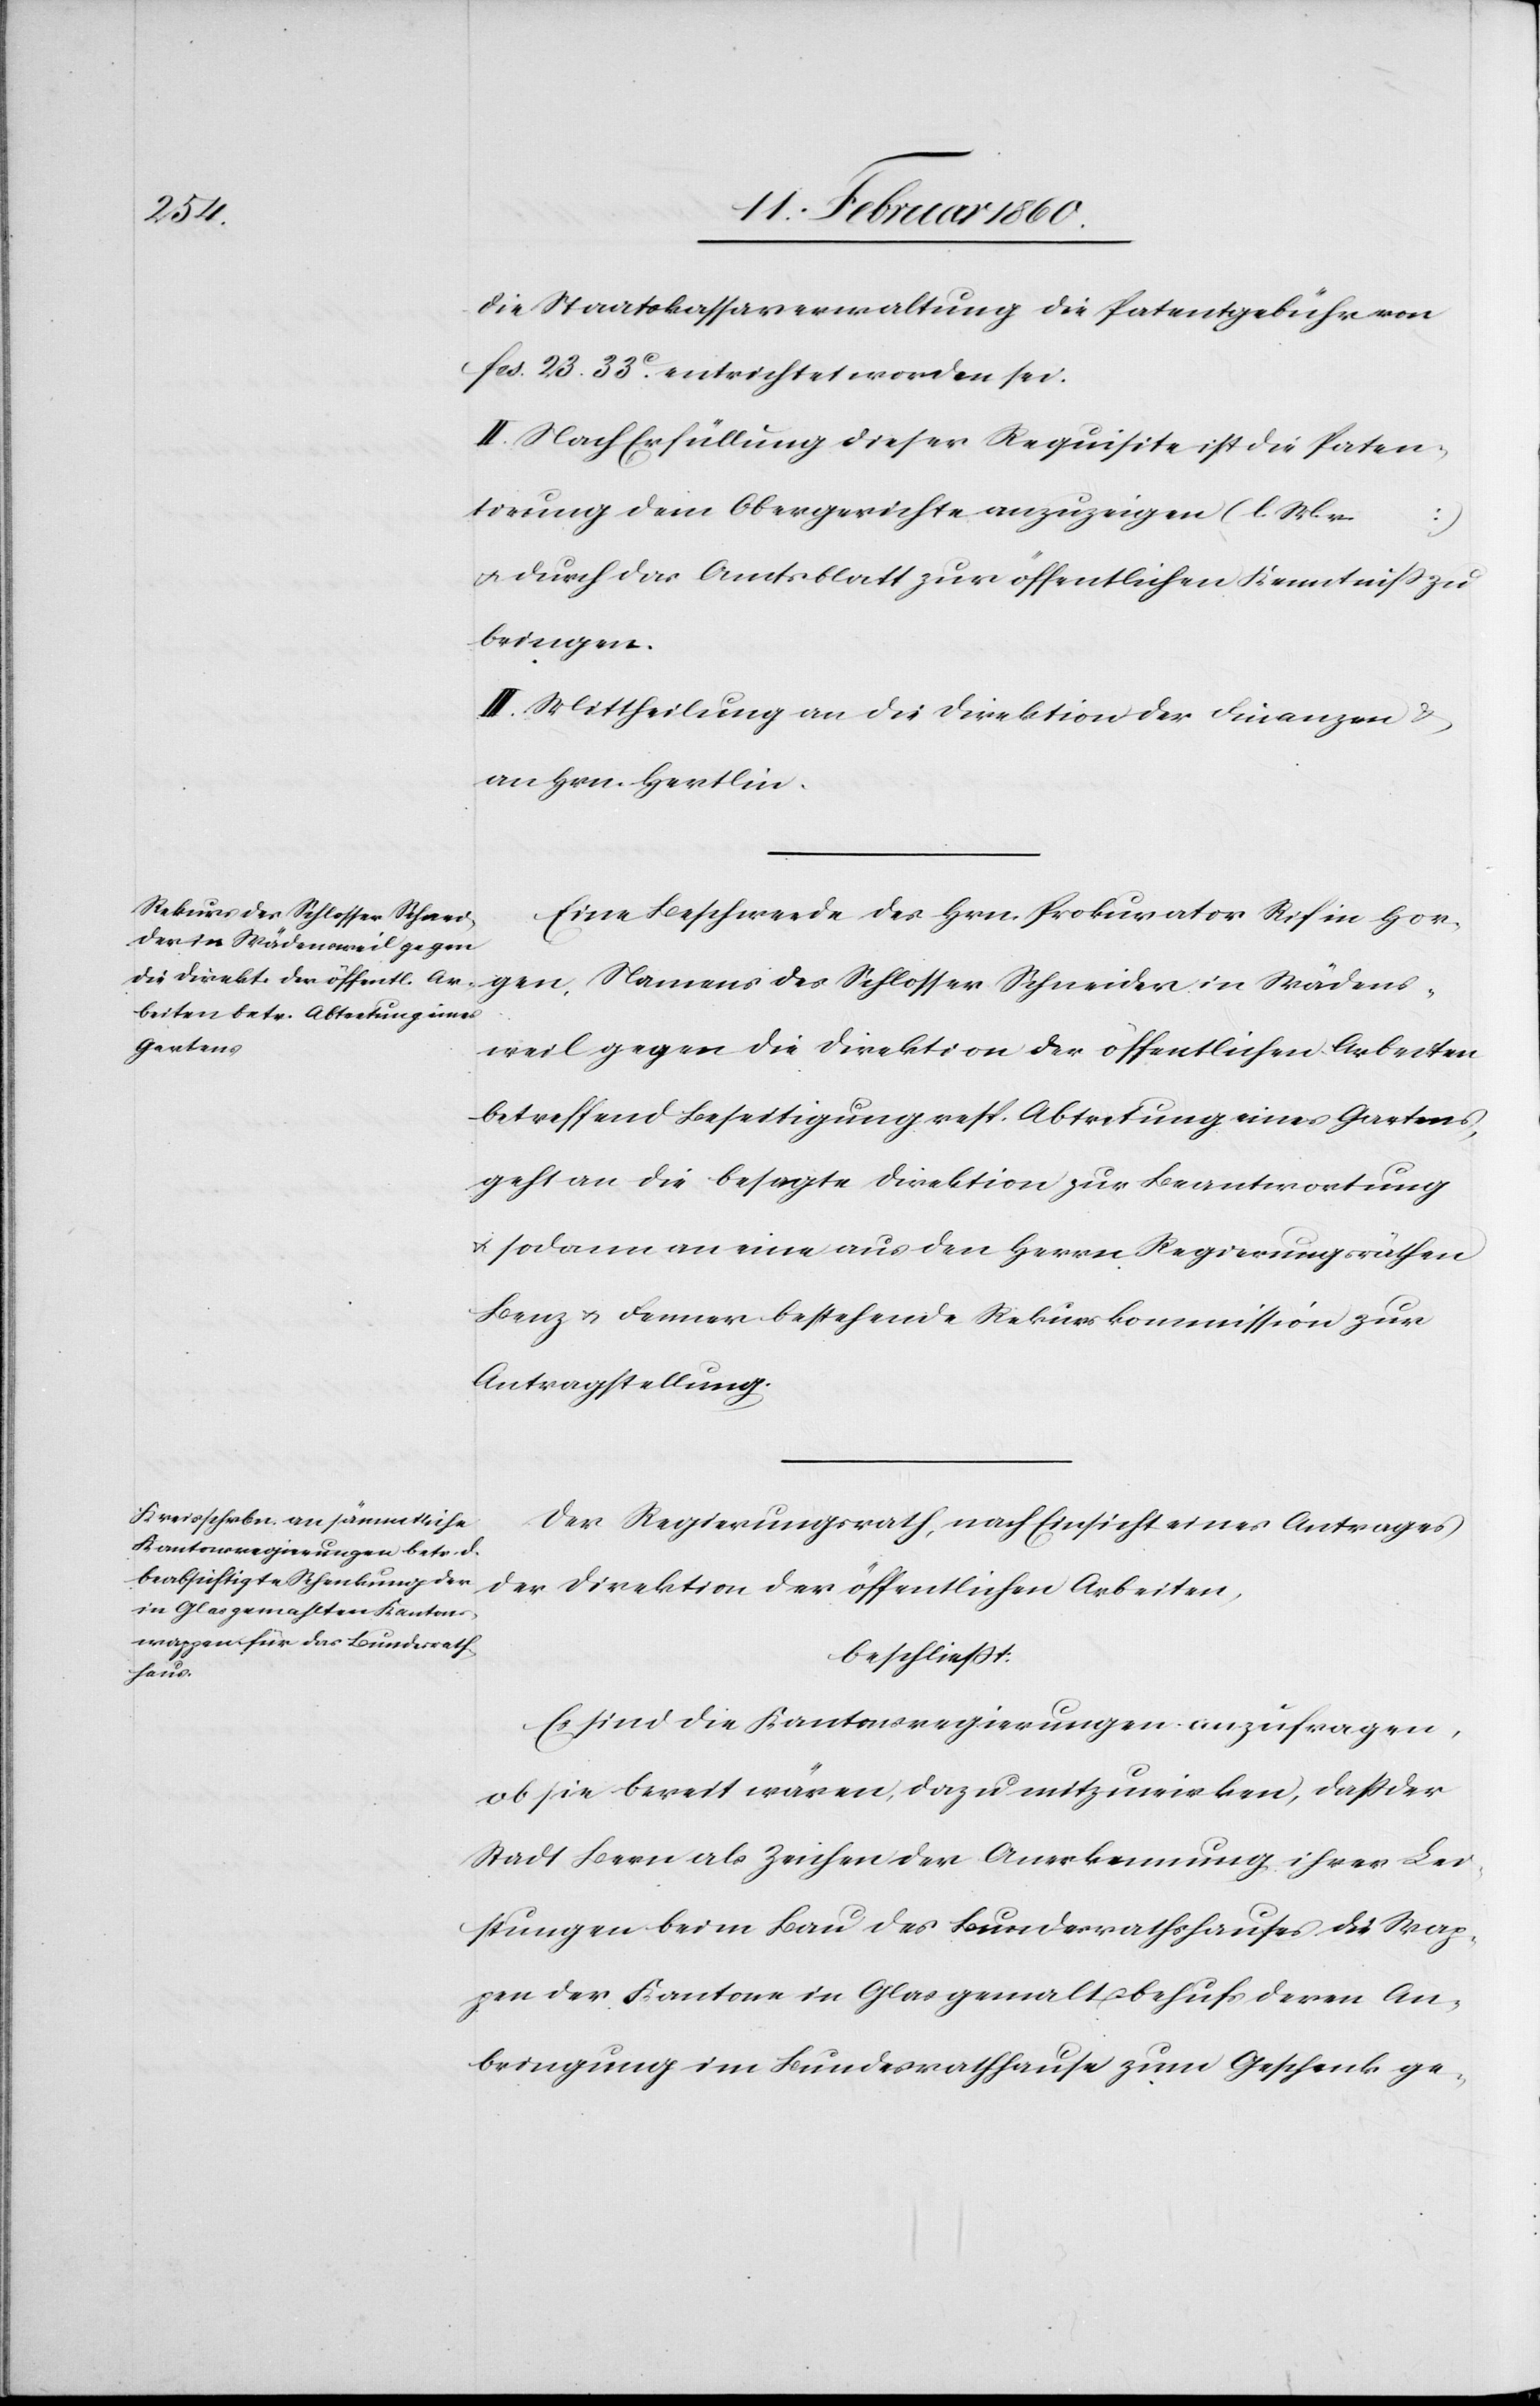
die Staatskassaverwaltung die Patentgebühr von
fcs. 23. 33C entrichtet worden sei.
II. Nach Erfüllung dieser Requisite ist die Paten¬
tirung dem Obergerichte anzuzeigen (l. M. v.
…)
u. durch das Amtsblatt zur öffentlichen Kenntniss zu
bringen.
III. Mittheilung an die Direktion der Finanzen u.
an Hrn. Hertlin.
Eine Beschwerde des Hrn. Prokurator Rif in Hor¬
gen, Namens des Schlosser Schneider in Wädens¬
weil gegen die Direktion der öffentlichen Arbeiten
betreffend Beseitigung resp. Abtretung eines Gartens,
geht an die besagte Direktion zur Beantwortung
u. sodann an eine aus den Herrn Regierungsräthen
Benz u. Fenner bestehende Rekurskommission zur
Antragstellung.
Der Regierungsrath, nach Einsicht eines Antrages
der Direktion der öffentlichen Arbeiten,
beschliesst.
Es sind die Kantonsregierungen anzufragen,
ob sie bereit wären, dazu mitzuwirken, dass der
Stadt Bern als Zeichen der Anerkennung ihrer Lei¬
stungen beim Bau des Bundesrathshauses die Wap¬
pen der Kantone in Glas gemalt u. behufs deren An¬
bringung im Bundesrathhause zum Geschenk ge-